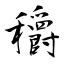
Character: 穱